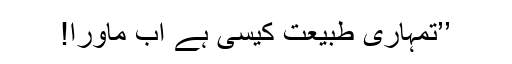
’’تمہاری طبیعت کیسی ہے اب ماورا!